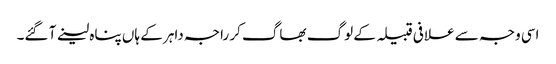
اسی وجہ سے علافی قبیلہ کے لوگ بھاگ کر راجہ داہر کے ہاں پناہ لینے آ گئے۔